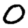
Digit: 0